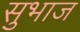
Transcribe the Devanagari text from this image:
सुभाज